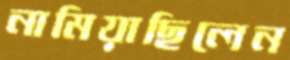
নামিয়াছিলেন